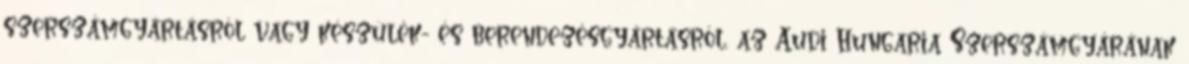
szerszámgyártásról vagy készülék- és berendezésgyártásról, az Audi Hungaria Szerszámgyárának